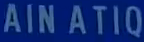
AINATIQ